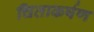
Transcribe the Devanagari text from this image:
चिताकर्षण